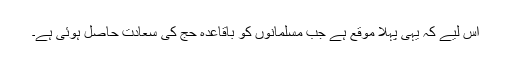
اس لیے کہ یہی پہلا موقع ہے جب مسلمانوں کو باقاعدہ حج کی سعادت حاصل ہوئی ہے۔